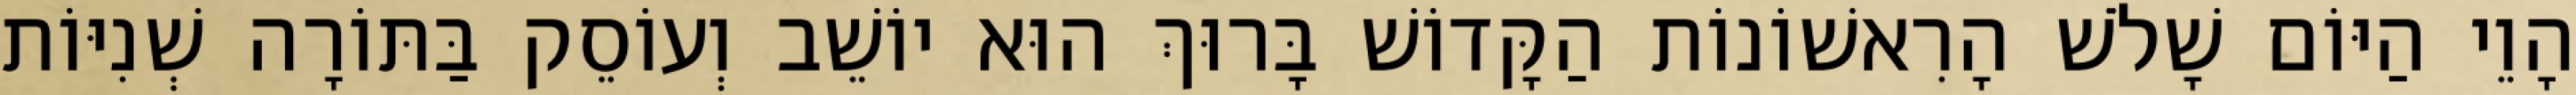
הָוֵי הַיּוֹם שָׁלֹשׁ הָרִאשׁוֹנוֹת הַקָּדוֹשׁ בָּרוּךְ הוּא יוֹשֵׁב וְעוֹסֵק בַּתּוֹרָה שְׁנִיּוֹת